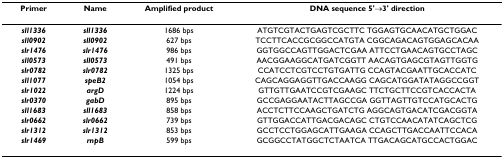
<table><thead><tr><td><b>Primer</b></td><td><b>Name</b></td><td><b>Amplified product</b></td><td><b>DNA sequence 5&#x27;→3&#x27; direction</b></td></tr></thead><tbody><tr><td><b><i>sll1336</i></b></td><td><b><i>sll1336</i></b></td><td>1686 bps</td><td>ATGTCGTACTGAGTCGCTTC TGGAGTGCAACATGCTGGAC</td></tr><tr><td><b><i>sll0902</i></b></td><td><b><i>sll0902</i></b></td><td>627 bps</td><td>TCCTTCACCGCGGCCATGTA CGGCAGACAGTGGAGCACAA</td></tr><tr><td><b><i>slr1476</i></b></td><td><b><i>slr1476</i></b></td><td>986 bps</td><td>GGTGGCCAGTTGGACTCGAA ATTCCTGAACAGTGCCTAGC</td></tr><tr><td><b><i>sll0573</i></b></td><td><b><i>sll0573</i></b></td><td>491 bps</td><td>AACGGAAGGCATGATCGGTT AACAGTGAGCGTAGTTGGTG</td></tr><tr><td><b><i>slr0782</i></b></td><td><b><i>slr0782</i></b></td><td>1325 bps</td><td>CCATCCTCGTCCTGTGATTG CCAGTACGAATTGCACCATC</td></tr><tr><td><b><i>sll1077</i></b></td><td><b><i>speB2</i></b></td><td>1054 bps</td><td>CAGCAGGAGGTTGACCAAGG CAGCATGGATATAGGCCGGT</td></tr><tr><td><b><i>slr1022</i></b></td><td><b><i>argD</i></b></td><td>1224 bps</td><td>GTTGTTGAATCCGTCGAAGC TTCTGCTTCCGTCACCACTA</td></tr><tr><td><b><i>slr0370</i></b></td><td><b><i>gabD</i></b></td><td>895 bps</td><td>GCCGAGGAATACTTAGCCGA GGTTAGTTGTCCATGCACTG</td></tr><tr><td><b><i>sll1683</i></b></td><td><b><i>sll1683</i></b></td><td>858 bps</td><td>ACCTCTTCCAAGCTGATCTG AGGCAGTGACATCGACGGTA</td></tr><tr><td><b><i>slr0662</i></b></td><td><b><i>slr0662</i></b></td><td>739 bps</td><td>GTTGGACCATTGACGACAGC CTGTCCAACATATCAGCTCG</td></tr><tr><td><b><i>slr1312</i></b></td><td><b><i>slr1312</i></b></td><td>853 bps</td><td>GCCTCCTGGAGCATTGAAGA CCAGCTTGACCAATTCCACA</td></tr><tr><td><b><i>slr1469</i></b></td><td><b><i>rnpB</i></b></td><td>599 bps</td><td>GCGGCCTATGGCTCTAATCA TTGACAGCATGCCACTGGAC</td></tr></tbody></table>